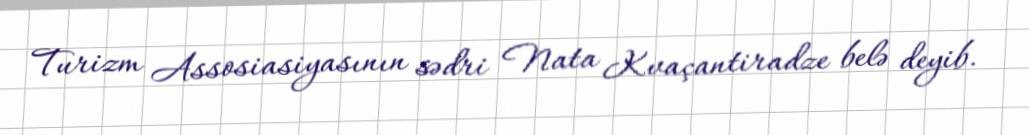
Turizm Assosiasiyasının sədri Nata Kvaçantiradze belə deyib.